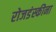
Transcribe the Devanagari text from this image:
रोजडंस्कीना